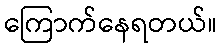
ကြောက်နေရတယ်။